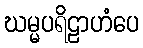
ဃမ္မပရိဠာဟံပေ